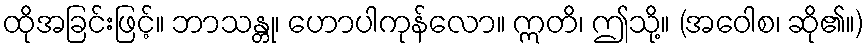
ထိုအခြင်းဖြင့်။ ဘာသန္တု၊ ဟောပါကုန်လော။ ဣတိ၊ ဤသို့။ (အဝေါစ၊ ဆို၏။)